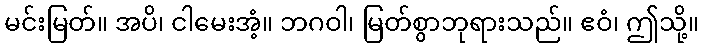
မင်းမြတ်။ အပိ၊ ငါမေးအံ့။ ဘဂဝါ၊ မြတ်စွာဘုရားသည်။ ဧဝံ၊ ဤသို့။